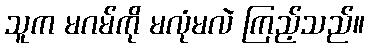
သူက မဂမ်ကို မလုံမလဲ ကြည့်သည်။